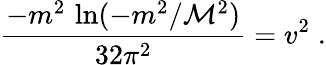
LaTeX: \frac{-m^{2}\, \ln(-m^{2}/{\cal M}^{2})}{32\pi^{2}}=v^{2}\; .